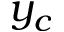
y _ { c }